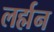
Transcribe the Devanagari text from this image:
लर्ह्मन